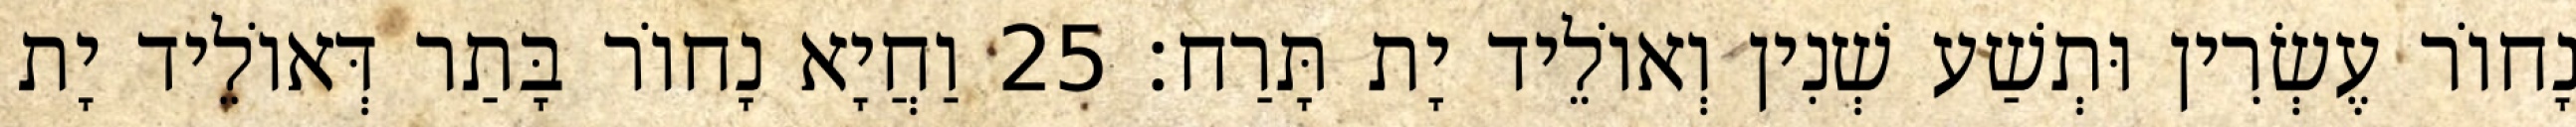
נָחוֹר עֶשְׂרִין וּתְשַׁע שְׁנִין וְאוֹלֵיד יָת תָּרַח׃ 25 וַחֲיָא נָחוֹר בָּתַר דְּאוֹלֵיד יָת